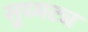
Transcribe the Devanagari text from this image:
सुघ्यट्य